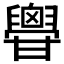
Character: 𦦥